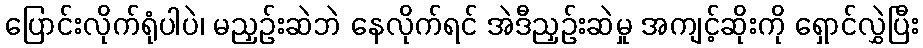
ပြောင်းလိုက်ရုံပါပဲ၊ မညှဉ်းဆဲဘဲ နေလိုက်ရင် အဲဒီညှဉ်းဆဲမှု အကျင့်ဆိုးကို ရှောင်လွှဲပြီး